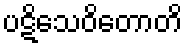
ပဋိသေဝိတောတိ